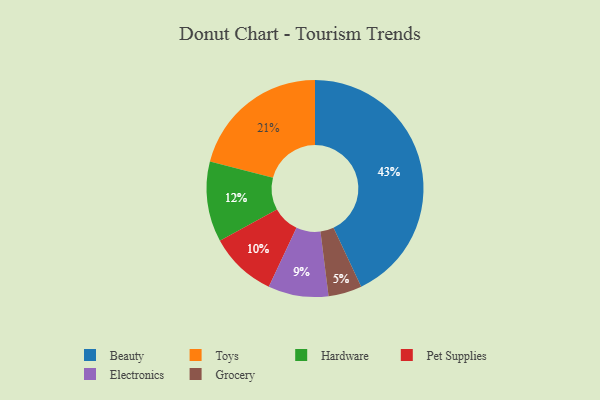
{"axis": {"x": "Category", "y": "Percentage"}, "legend": ["Beauty", "Electronics", "Grocery", "Hardware", "Pet Supplies", "Toys"], "data": [{"x": "Pet Supplies", "y": 10, "type": "Pet Supplies"}, {"x": "Toys", "y": 21, "type": "Toys"}, {"x": "Hardware", "y": 12, "type": "Hardware"}, {"x": "Beauty", "y": 43, "type": "Beauty"}, {"x": "Grocery", "y": 5, "type": "Grocery"}, {"x": "Electronics", "y": 9, "type": "Electronics"}]}